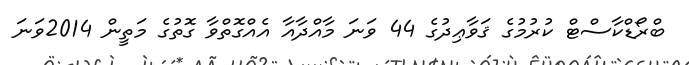
ބްރޯޑްކާސްޓް ކުރުމުގެ ޤަވާޢިދުގެ 44 ވަނަ މާއްދާއާ އެއްގޮތްވާ ގޮތުގެ މަތީން 2014ވަނަ